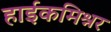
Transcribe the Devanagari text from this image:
हाईकमिश्नर